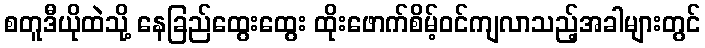
စတူဒီယိုထဲသို့ နေခြည်ထွေးထွေး ထိုးဖောက်စိမ့်ဝင်ကျလာသည့်အခါများတွင်